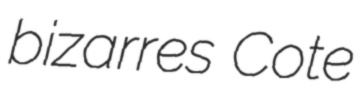
bizarres Cote